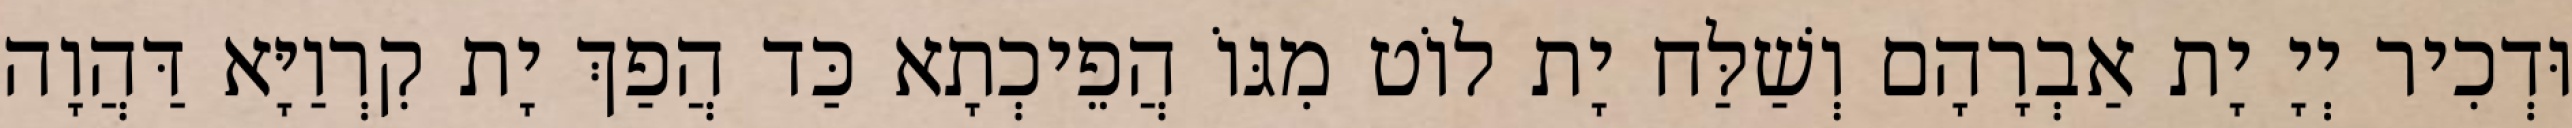
וּדְכִיר יְיָ יָת אַבְרָהָם וְשַׁלַּח יָת לוֹט מִגּוֹ הֲפֵיכְתָא כַּד הֲפַךְ יָת קִרְוַיָּא דַּהֲוָה